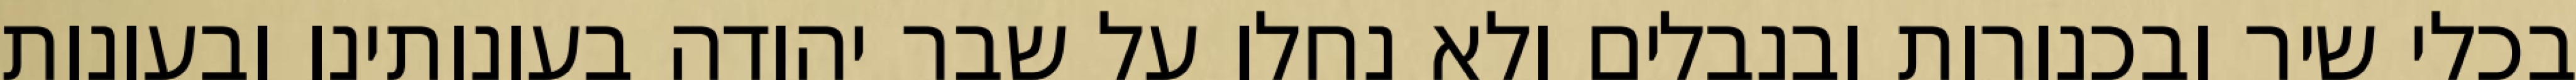
בכלי שיר ובכנורות ובנבלים ולא נחלו על שבר יהודה בעונותינו ובעונות